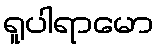
ရူပါရာမော